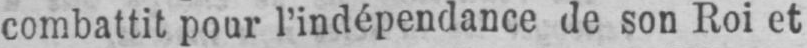
combattit pour l’indépendance de son Roi et